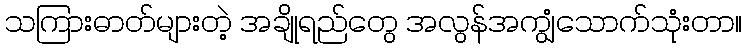
သကြားဓာတ်များတဲ့ အချိုရည်တွေ အလွန်အကျွံသောက်သုံးတာ။